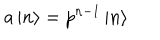
LaTeX: a \left| n \right\rangle = p ^ { n - 1 } \left| n \right\rangle